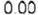
0.00